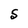
Character: S